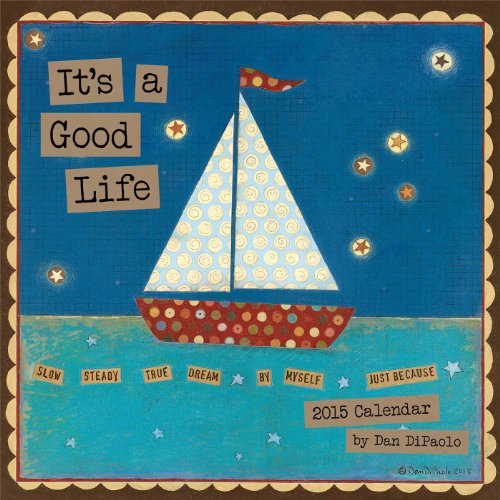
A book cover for It's a Good Life 2015 Wall Calendar; Dan DiPaolo; Calendars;